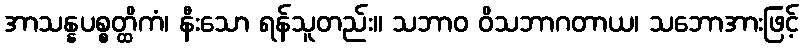
အာသန္နပစ္စတ္ထိကံ၊ နီးသော ရန်သူတည်း။ သဘာဝ ဝိသဘာဂတာယ၊ သဘောအားဖြင့်